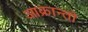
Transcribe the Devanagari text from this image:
आक्रान्तो